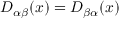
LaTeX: D _ { \alpha \beta } ( x ) = D _ { \beta \alpha } ( x )